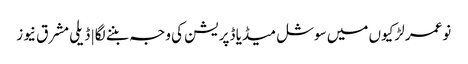
نوعمر لڑکیوں میں سوشل میڈیا ڈپریشن کی وجہ بننے لگا | ڈیلی مشرق نیوز